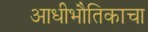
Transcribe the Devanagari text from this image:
आधीभौतिकाचा